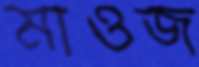
মাওজ